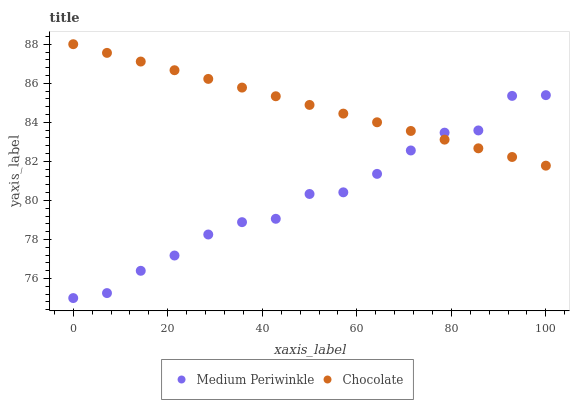
| xaxis_label | Medium Periwinkle | Chocolate |
 | --- | --- | --- |
 | 0 | 75 | 88 |
 | 7.14 | 75.3 | 87.6 |
 | 14.3 | 76.4 | 87.1 |
 | 21.4 | 77.2 | 86.7 |
 | 28.6 | 78.3 | 86.2 |
 | 35.7 | 78.9 | 85.8 |
 | 42.9 | 79.1 | 85.3 |
 | 50 | 80.3 | 84.9 |
 | 57.1 | 80.4 | 84.4 |
 | 64.3 | 81.4 | 84 |
 | 71.4 | 82.6 | 83.6 |
 | 78.6 | 83.5 | 83.1 |
 | 85.7 | 83.6 | 82.7 |
 | 92.9 | 85.4 | 82.2 |
 | 100 | 85.4 | 81.8 |